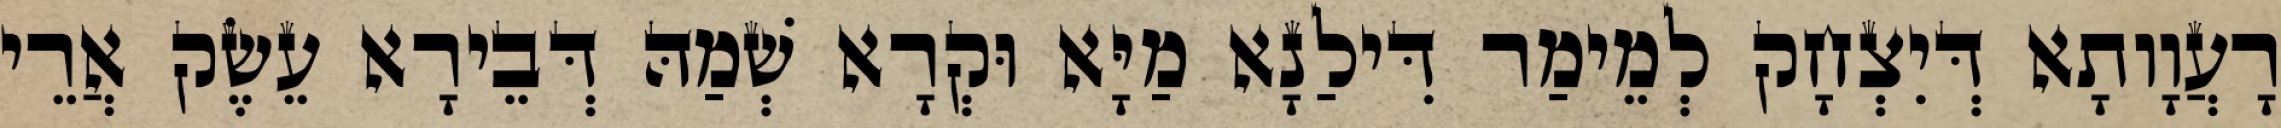
רָעֲוָותָא דְּיִצְחָק לְמֵימַר דִּילַנָא מַיָּא וּקְרָא שְׁמַהּ דְּבֵירָא עֵשֶׂק אֲרֵי